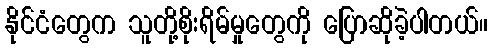
နိုင်ငံတွေက သူတို့စိုးရိမ်မှုတွေကို ပြောဆိုခဲ့ပါတယ်။